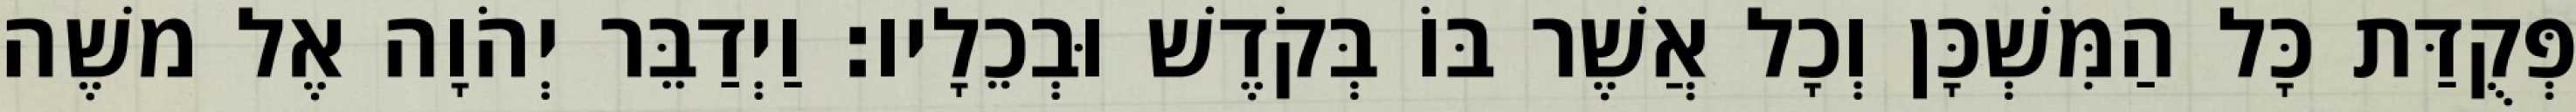
פְּקֻדַּת כָּל הַמִּשְׁכָּן וְכָל אֲשֶׁר בּוֹ בְּקֹדֶשׁ וּבְכֵלָיו׃ וַיְדַבֵּר יְהֹוָה אֶל משֶׁה